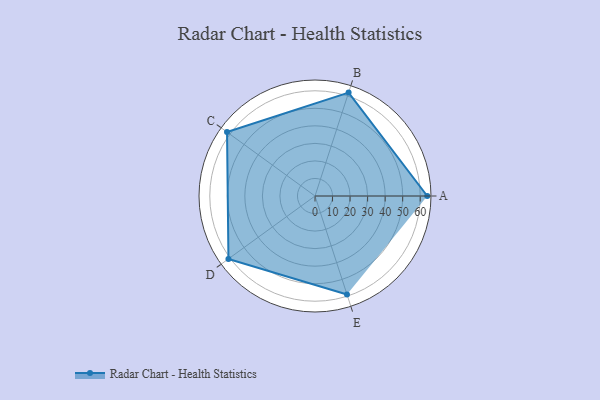
{"axis": {"x": "Skill", "y": "Score"}, "legend": ["Profile"], "data": [{"x": "A", "y": 64.0, "type": "Profile"}, {"x": "B", "y": 62.0, "type": "Profile"}, {"x": "C", "y": 62.0, "type": "Profile"}, {"x": "D", "y": 61.0, "type": "Profile"}, {"x": "E", "y": 59.0, "type": "Profile"}]}